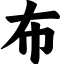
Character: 布